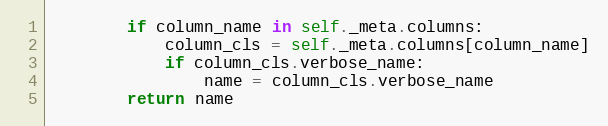
Language: Python
        if column_name in self._meta.columns:
            column_cls = self._meta.columns[column_name]
            if column_cls.verbose_name:
                name = column_cls.verbose_name
        return name